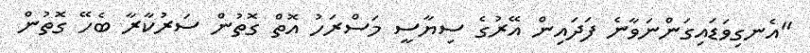
"އެނގިވަޑައިގަންނަވާނެ ފަދައިން އޭރުގެ ސިޔާސީ މަސްރަހު އޮތް ގޮތުން ސަރުކާރާ ބެހޭ ގޮތުން